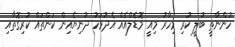
ހުންނާތީ ބުލީ ކުރި މިހާރު މިއީ މޮޑެލްއެއް އެދުވަހު ދުނިޔެއިން ކަންތައް ކުރިގޮތާއި